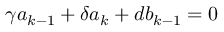
\gamma a _ { k - 1 } + \delta a _ { k } + d b _ { k - 1 } = 0